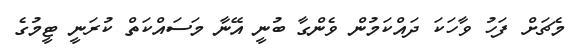
މެޗަށް ފަހު ވާހަކަ ދައްކަމުން ވެންގާ ބުނީ އޭނާ މަސައްކަތް ކުރަނީ ޓީމުގެ